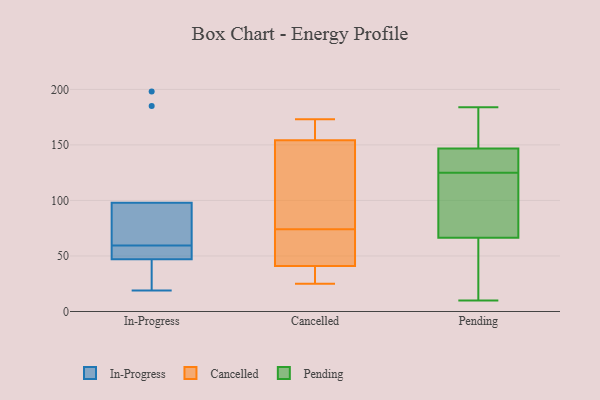
{"axis": {"x": "Inventory Turnover", "y": "Value"}, "legend": ["Cancelled", "In-Progress", "Pending"], "data": [{"x": "", "y": 198, "type": "In-Progress"}, {"x": "", "y": 71, "type": "In-Progress"}, {"x": "", "y": 185, "type": "In-Progress"}, {"x": "", "y": 74, "type": "In-Progress"}, {"x": "", "y": 98, "type": "In-Progress"}, {"x": "", "y": 19, "type": "In-Progress"}, {"x": "", "y": 48, "type": "In-Progress"}, {"x": "", "y": 48, "type": "In-Progress"}, {"x": "", "y": 47, "type": "In-Progress"}, {"x": "", "y": 44, "type": "In-Progress"}, {"x": "", "y": 173, "type": "Cancelled"}, {"x": "", "y": 34, "type": "Cancelled"}, {"x": "", "y": 150, "type": "Cancelled"}, {"x": "", "y": 103, "type": "Cancelled"}, {"x": "", "y": 53, "type": "Cancelled"}, {"x": "", "y": 41, "type": "Cancelled"}, {"x": "", "y": 47, "type": "Cancelled"}, {"x": "", "y": 127, "type": "Cancelled"}, {"x": "", "y": 169, "type": "Cancelled"}, {"x": "", "y": 41, "type": "Cancelled"}, {"x": "", "y": 25, "type": "Cancelled"}, {"x": "", "y": 74, "type": "Cancelled"}, {"x": "", "y": 167, "type": "Cancelled"}, {"x": "", "y": 10, "type": "Pending"}, {"x": "", "y": 65, "type": "Pending"}, {"x": "", "y": 121, "type": "Pending"}, {"x": "", "y": 12, "type": "Pending"}, {"x": "", "y": 49, "type": "Pending"}, {"x": "", "y": 147, "type": "Pending"}, {"x": "", "y": 153, "type": "Pending"}, {"x": "", "y": 167, "type": "Pending"}, {"x": "", "y": 71, "type": "Pending"}, {"x": "", "y": 125, "type": "Pending"}, {"x": "", "y": 127, "type": "Pending"}, {"x": "", "y": 129, "type": "Pending"}, {"x": "", "y": 184, "type": "Pending"}, {"x": "", "y": 100, "type": "Pending"}, {"x": "", "y": 178, "type": "Pending"}, {"x": "", "y": 15, "type": "Pending"}, {"x": "", "y": 135, "type": "Pending"}, {"x": "", "y": 75, "type": "Pending"}, {"x": "", "y": 146, "type": "Pending"}]}